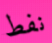
نفط